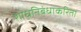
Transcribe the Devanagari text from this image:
शोधनिबंधाकरिता